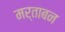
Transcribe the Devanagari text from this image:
मर्ताबन